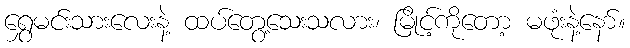
ရွှေမင်းသားလေးနဲ့ ထပ်တွေ့သေးသလား၊ မြိုင့်ကိုတော့ မဖုံးနဲ့နော်။